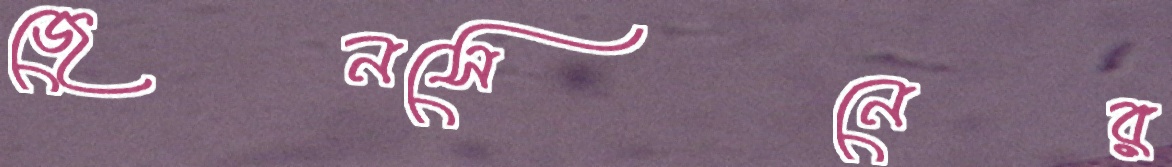
জেনসেনের